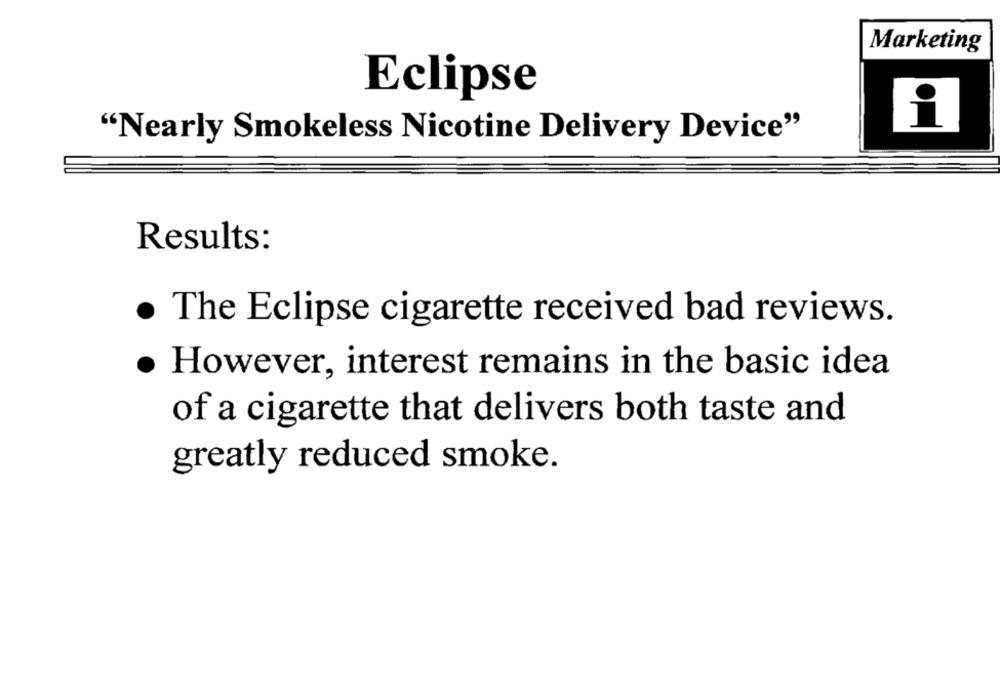
Marketing
Eclipse
"Nearly Smokeless Nicotine Delivery Device"
Results:
· The Eclipse cigarette received bad reviews.
However, interest remains in the basic idea
of a cigarette that delivers both taste and
greatly reduced smoke.